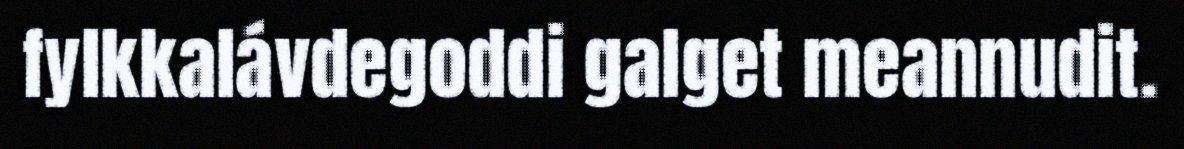
fylkkalávdegoddi galget meannudit.